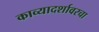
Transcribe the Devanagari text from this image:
काव्यादर्शावरचा